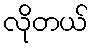
လိုတယ်